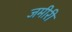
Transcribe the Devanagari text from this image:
जमीरी